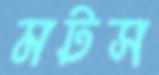
মটস